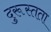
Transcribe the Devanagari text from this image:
दुरूस्तता